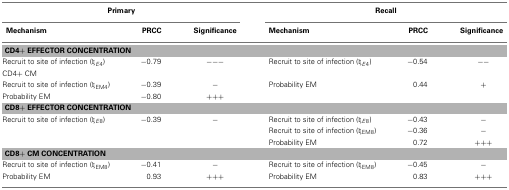
<table><thead><tr><td colspan="3"><b>Primary</b></td><td colspan="3"><b>Recall</b></td></tr><tr><td><b>Mechanism</b></td><td><b>PRCC</b></td><td><b>Significance</b></td><td><b>Mechanism</b></td><td><b>PRCC</b></td><td><b>Significance</b></td></tr></thead><tbody><tr><td colspan="6"><b>CD4+ EFFECTOR CONCENTRATION</b></td></tr><tr><td>Recruit to site of infection (ξ<i><sub>E</sub></i><sub>4</sub>)</td><td>−0.79</td><td>−−−</td><td>Recruit to site of infection (ξ<i><sub>E</sub></i><sub>4</sub>)</td><td>−0.54</td><td>−−</td></tr><tr><td>CD4+ CM</td></tr><tr><td>Recruit to site of infection (ξ<sub>EM4</sub>)</td><td>−0.39</td><td>−</td><td>Probability EM</td><td>0.44</td><td>+</td></tr><tr><td>Probability EM</td><td>−0.80</td><td>+++</td><td></td><td></td><td></td></tr><tr><td colspan="6"><b>CD8+ EFFECTOR CONCENTRATION</b></td></tr><tr><td>Recruit to site of infection (ξ<i><sub>E</sub></i><sub>8</sub>)</td><td>−0.39</td><td>−</td><td>Recruit to site of infection (ξ<i><sub>E</sub></i><sub>8</sub>)</td><td>−0.43</td><td>−</td></tr><tr><td></td><td></td><td></td><td>Recruit to site of infection (ξ<sub>EM8</sub>)</td><td>−0.36</td><td>−</td></tr><tr><td></td><td></td><td></td><td>Probability EM</td><td>0.72</td><td>+++</td></tr><tr><td colspan="6"><b>CD8+ CM CONCENTRATION</b></td></tr><tr><td>Recruit to site of infection (ξ<sub>EM8</sub>)</td><td>−0.41</td><td>−</td><td>Recruit to site of infection (ξ<sub>EM8</sub>)</td><td>−0.45</td><td>−</td></tr><tr><td>Probability EM</td><td>0.93</td><td>+++</td><td>Probability EM</td><td>0.83</td><td>+++</td></tr></tbody></table>